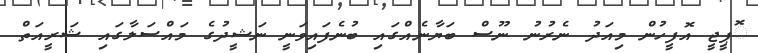
ޮޕީޖީ އޮފީހުން މިއަދު ނެރުނު ނޫސް ބަޔާނެއްގައި ބުނެފައިވަނީ ނަޝީދުގެ މައްސަލާގައި ޝަރީއަތް